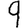
Digit: 9